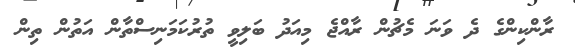
ރާންކިންގެ ދެ ވަނަ މެޗުން ރާއްޖެ މިއަދު ބަލިވީ ތުރުކަމަނިސްތާން އަތުން ތިން